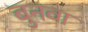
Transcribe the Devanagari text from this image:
बुनवा